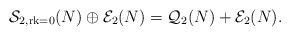
LaTeX: \begin{align*}\mathcal{S}_{2,\mathrm{rk}=0}(N) \oplus \mathcal{E}_2(N)= \mathcal{Q}_2(N)+\mathcal{E}_2(N).\end{align*}